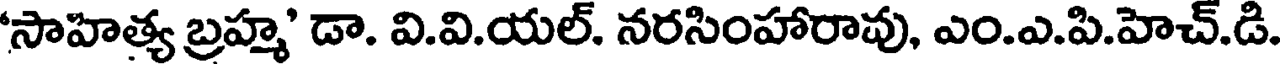
సాహిత్య బ్రహ్మ' డా. వి.వి.యల్. నరసింహారావు, ఎం.ఎ.పి.హెచ్.డి.